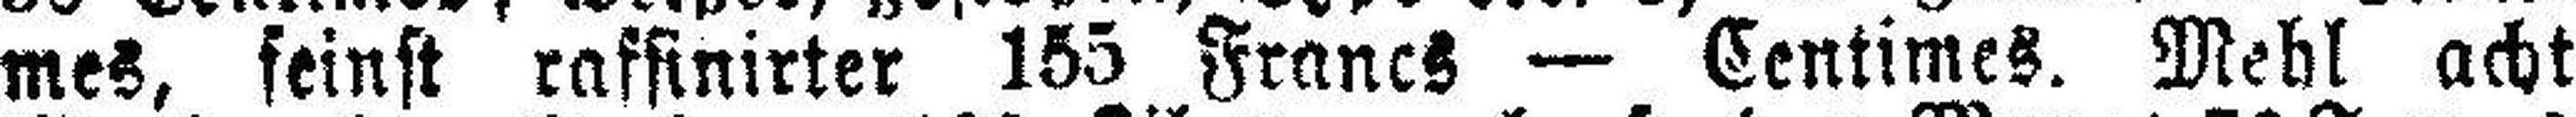
mes, feinst raffinirter 155 Francs — Centimes. Mehl acht